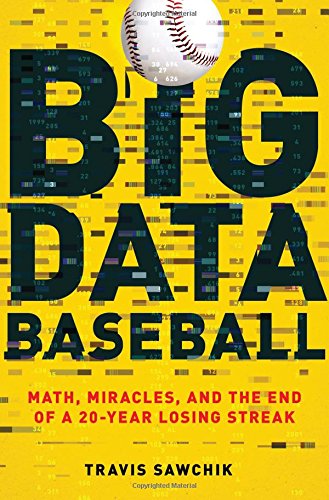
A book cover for Big Data Baseball: Math, Miracles, and the End of a 20-Year Losing Streak; Travis Sawchik; Sports & Outdoors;